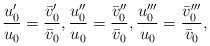
LaTeX: \begin{align*} \frac{u_{0}'}{u_{0}} = \frac{\bar{v}_{0}'}{\bar{v}_{0}} , \frac{u_{0}''}{u_{0}} = \frac{\bar{v}_{0}''}{\bar{v}_{0}} , \frac{u_{0}'''}{u_{0}} = \frac{\bar{v}_{0}'''}{\bar{v}_{0}} , \end{align*}